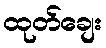
ထုတ်ချေး